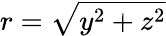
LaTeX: r=\sqrt{y^{2}+z^{2}}